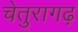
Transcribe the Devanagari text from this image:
चेतुरागढ़